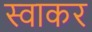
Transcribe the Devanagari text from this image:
स्वाकर